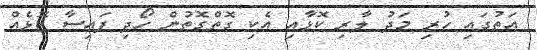
އަތުގައި ހުރި މަދު ލާރި ކޮޅާއި އެކި ގޮތްގޮތުން ހޯދި ފައިސާ ކޮޅެއް